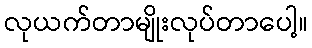
လုယက်တာမျိုးလုပ်တာပေါ့။